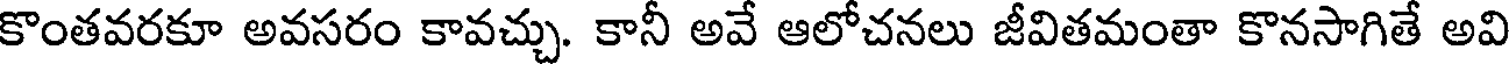
కొంతవరకూ అవసరం కావచ్చు. కానీ అవే ఆలోచనలు జీవితమంతా కొనసాగితే అవి